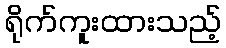
ရိုက်ကူးထားသည့်